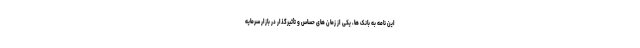
این نامه به بانک ها، یکی از زمان های حساس و تأثیرگذار در بازار سرمایه